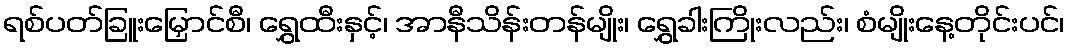
ရစ်ပတ်ခြူးမြှောင်စီ၊ ရွှေထီးနှင့်၊ အာနီသိန်းတန်မျိုး၊ ရွှေခါးကြိုးလည်း၊ စံမျိုးနေ့တိုင်းပင်၊